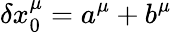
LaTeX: \delta x_{0}^{\mu}=a^{\mu}+b^{\mu}